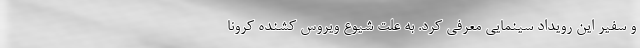
و سفیر این رویداد سینمایی معرفی کرد. به علت شیوع ویروس کشنده کرونا